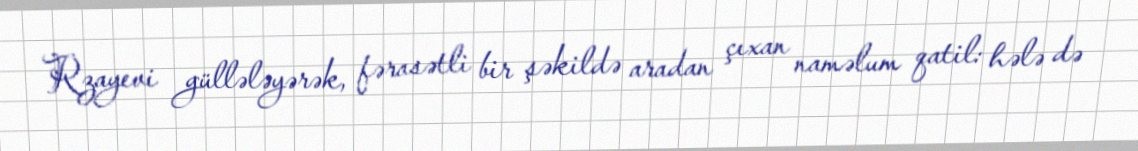
Rzayevi güllələyərək, fərasətli bir şəkildə aradan çıxan naməlum qatil: hələ də